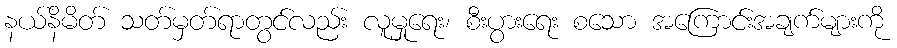
နယ်နိမိတ် သတ်မှတ်ရာတွင်လည်း လူမှုရေး၊ စီးပွားရေး စသော အကြောင်းအချက်များကို